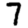
Digit: 7